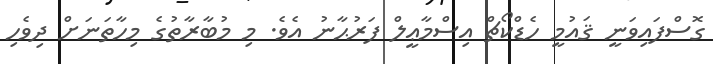
ގޮސްފައިވަނީ ޤައުމީ ހެޑްކޯޗް އިސްމާޢީލް ފަރުޙާނު އެވެ. މި މުބާރާތުގެ މިހާތަނަށް ދިވެހި